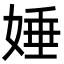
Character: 娷